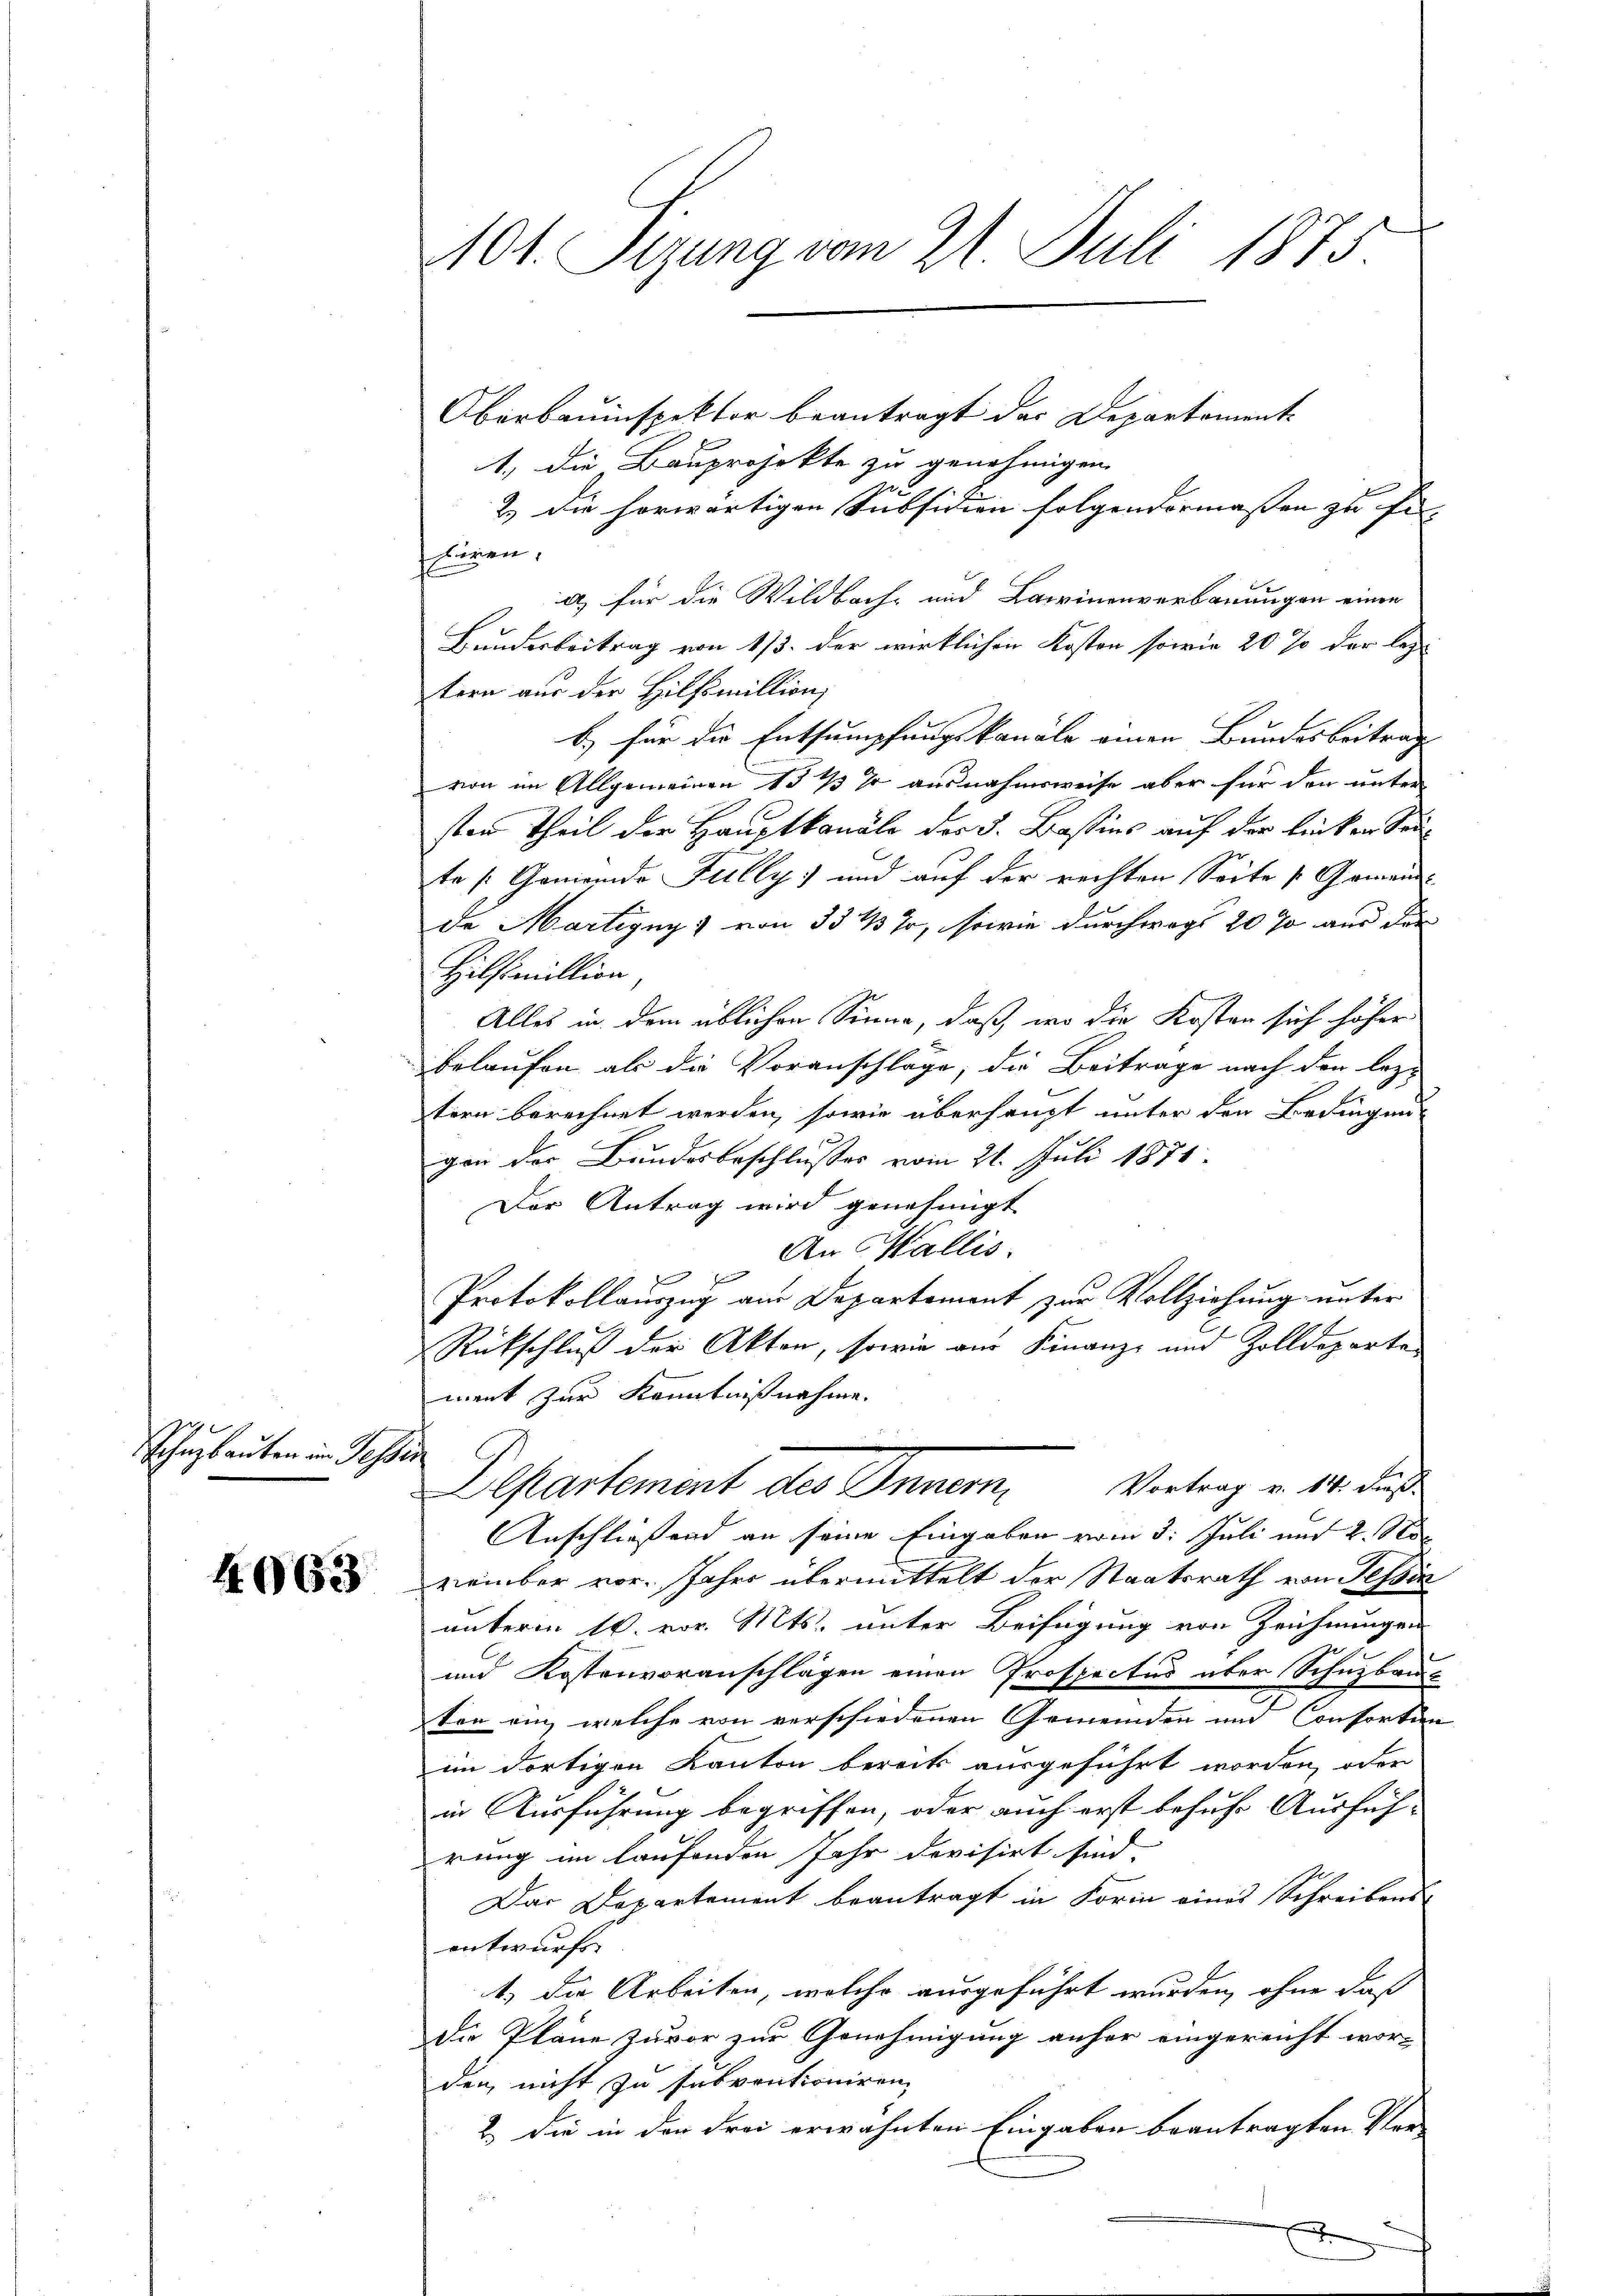
Schuzbauten im Tessin

4063

401. Sezung vom 21. Juli 1875.

Oberbauinspektor beantragt der Departament¬
1. die Bauprojekte zu genehmigen,
2.) Die horwärtigen Subsidien folgendermassen zu fin- |
hören,
a) für die Wildbach- und Barrinenverbauungen einen
Bundesbeitrag von 1/3. der wirklichen Kosten sowie 20 % der lezt
tern aus der Hilfsmillion,
b) für die Entsumpfungskanäle einen Bundesbeitrag
von im Allgemeinen 1543 % ausnahmsweise aber für den unter
sten Theil der Hauptkanäle der 5. Bastins auf der linken Sonte [Gemeinde Fully und auf der rechten Seite Gemein-
da Martigny) von 33 % Fr, sowie durchwegs 20 % aus der
Hilfsmillion
Alles in dem üblichen Sinne, daß, wo die Kosten sich höher
belaufen als die Voranschlage, die Beitrage nach den lezt
tern berechnet werden, sowie überhaupt unter den Bedingen-
gen der Bundesbeschlusses vom 21. Juli 1874.
Der Antrag wird genehmigt
An Wallis.
Protokollauszug am Departement zur Vollziehung unter
Rückschluß der Akten, sowie aus Finanz- und Zolldeparte
ment zur Kenntnißnahme.
Vortrag v. 14. dieß
Departement des Inner
nschließend an seine Eingaben vom 3. Juli und 2 S
vember vor. Jahre übermittelt der Staatsrath von Tessin
unterm 16. vor. Mts. unter Beifügung von Zeichnungen
und Kostenvoranschlägen einen Prospectus über Schuzbau-
ten an, welche von verschiedenen Gemeinden um Consortion
im dortigen Kanton bereits ausgeführt worden, oder
in Ausführung begriffen, oder auch erst besuche Ausfüh-
rung im laufenden Jahr devisirt sind.
Das Departement beantragt in Korin eines Schreibensentwurfs.
1.) Die Arbeiten, welche ausgeführt wurden, ohne daß
die Pläne Zuvor zur Genehmigung anher eingereicht wor-
den nicht zu subventioniren,
2.) Die in der Frei erwähnten Eingaben beantragten Ver-
x